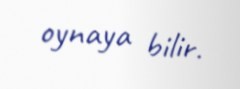
oynaya bilir.